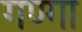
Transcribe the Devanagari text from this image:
गण्गा